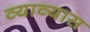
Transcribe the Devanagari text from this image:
व्याव्यास